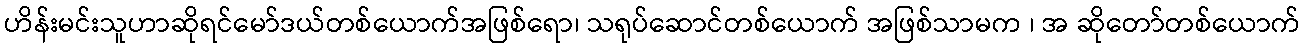
ဟိန်းမင်းသူဟာဆိုရင်မော်ဒယ်တစ်ယောက်အဖြစ်ရော၊ သရုပ်ဆောင်တစ်ယောက် အဖြစ်သာမက ၊ အ ဆိုတော်တစ်ယောက်